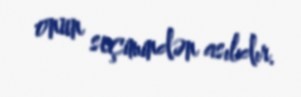
onun seçimindən asılıdır.